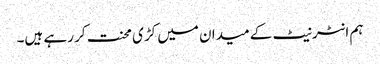
ہم انٹرنیٹ کے میدان میں کڑی محنت کر رہے ہیں۔